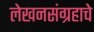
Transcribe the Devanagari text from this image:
लेखनसंग्रहाचे